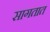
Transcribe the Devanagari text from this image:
सागतात